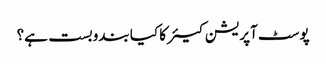
پوسٹ آپریشن کیئر کا کیا بندوبست ہے؟